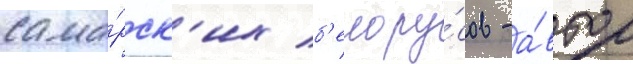
сама́рск'их б'елору́сов - а́втор